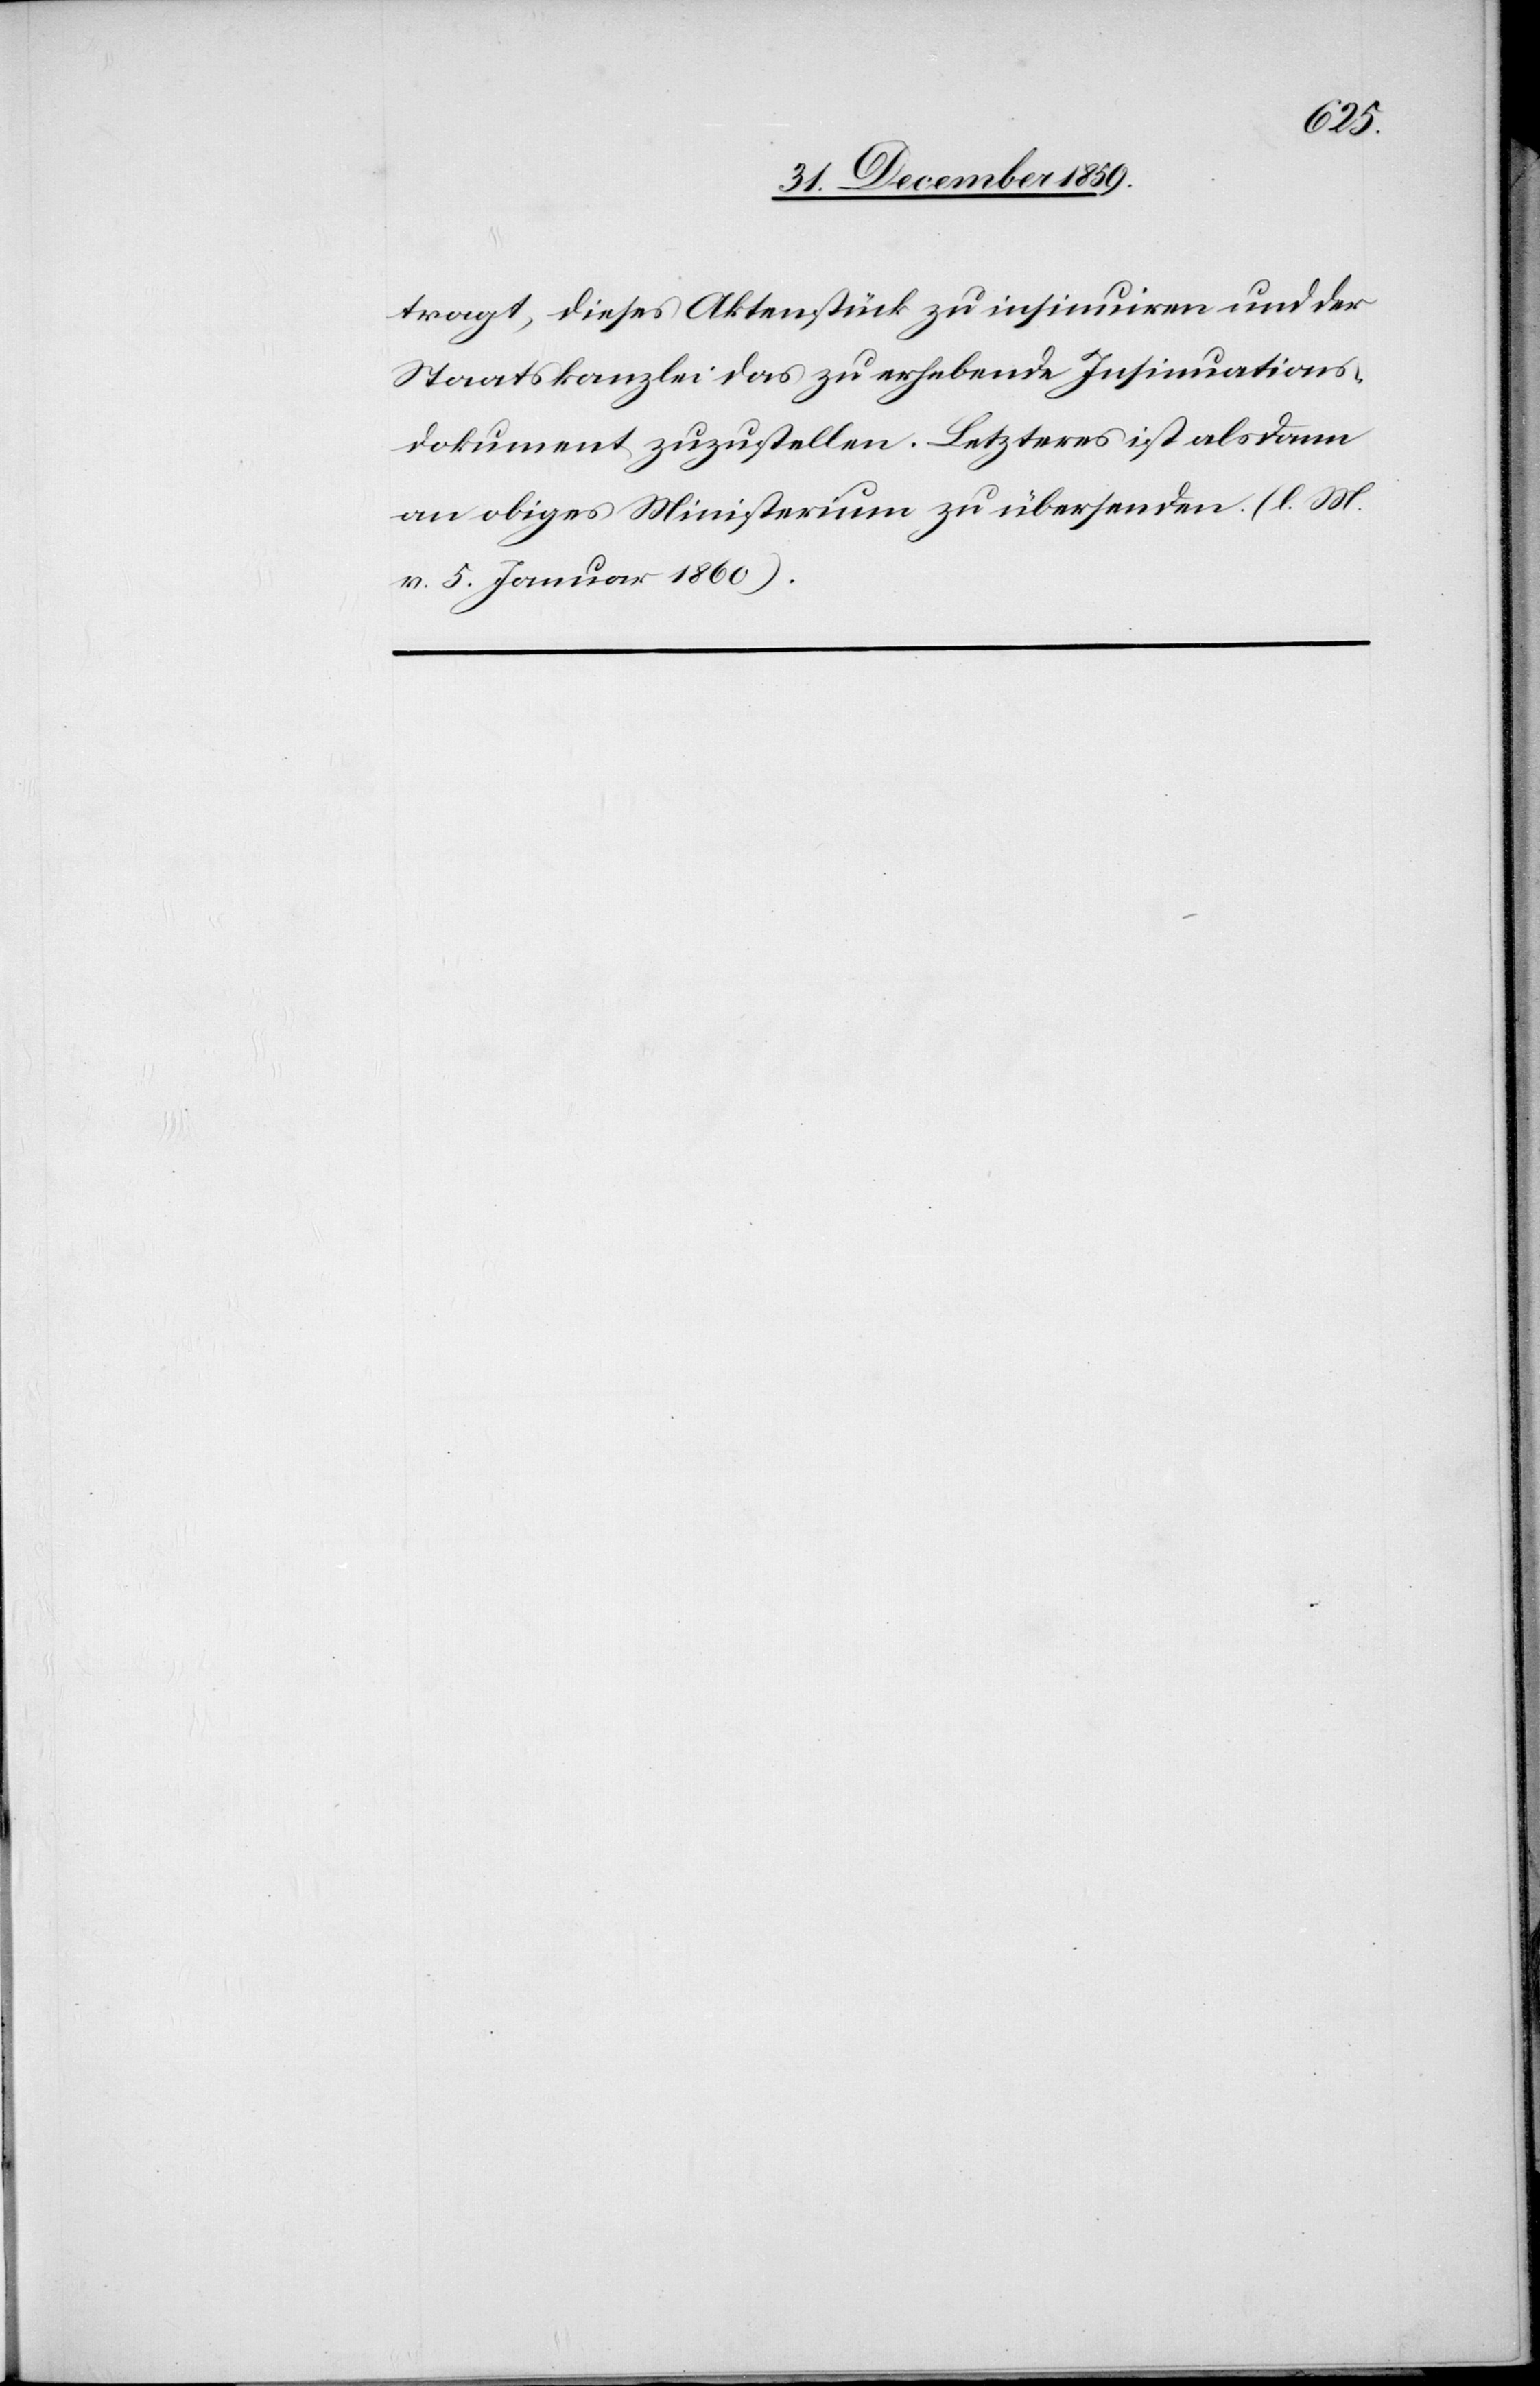
tragt, dieses Aktenstück zu insinuiren und der
Staatskanzlei das zu erhebende Insinuations¬
dokument zuzustellen. Letzteres ist alsdann
an obiges Ministerium zu übersenden. (l. M.
v. 5. Januar 1860).